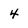
Character: 4